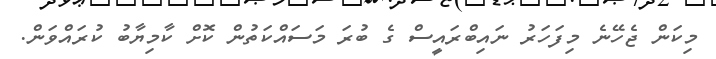
މިކަން ޖެހޭނެ މިފަހަރު ނައިބްރައީސް ގެ ބުރަ މަސައްކަތުން ކޮށް ކާމިޔާބު ކުރައްވަން.